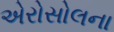
એરોસોલના